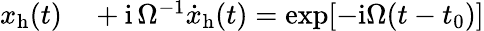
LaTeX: \begin{array}{rl}{x_{\mathrm{h}}(t)}&{{}+\mathrm{i}\, \Omega^{-1}{\dot{x}}_{\mathrm{h}}(t)=\exp[-\mathrm{i}\Omega(t-t_{0})]}\end{array}